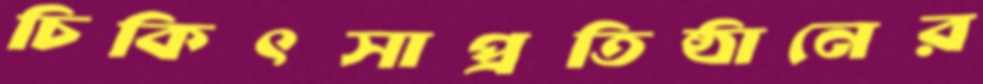
চিকিৎসাপ্রতিষ্ঠানের